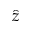
\hat { z }